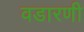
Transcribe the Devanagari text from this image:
वडारणी